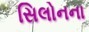
સિલોનના